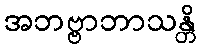
အဘဗ္ဗာဘာသန္တိ